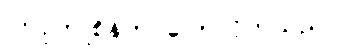
ကြူကြူစိန်က ပြောလိုက်သည်။